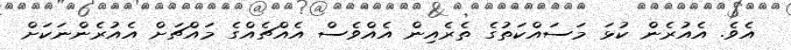
އެވެ. އެއުރެން ކުޅަ މަސައްކަތުގެ ތެރެއިން އެއްވެސް އެއްޗެއްގެ މައްޗަށް އެއުރެންނަކަށް